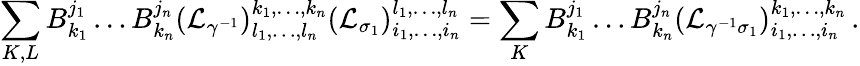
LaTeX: \sum_{K,L}B_{k_{1}}^{j_{1}}\dots B_{k_{n}}^{j_{n}}(\mathcal{L}_{\gamma^{-1}})_{l_{1},\dots,l_{n}}^{k_{1},\dots,k_{n}}(\mathcal{L}_{\sigma_{1}})_{i_{1},\dots,i_{n}}^{l_{1},\dots,l_{n}}=\sum_{K}B_{k_{1}}^{j_{1}}\dots B_{k_{n}}^{j_{n}}(\mathcal{L}_{\gamma^{-1}\sigma_{1}})_{i_{1},\dots,i_{n}}^{k_{1},\dots,k_{n}}\, .